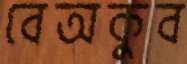
বেঅকুব